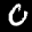
Label: 0